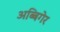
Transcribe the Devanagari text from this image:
अब्बिगेर